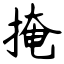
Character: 掩